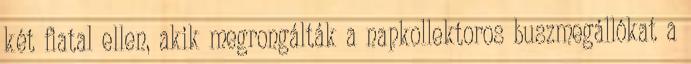
két fiatal ellen, akik megrongálták a napkollektoros buszmegállókat a